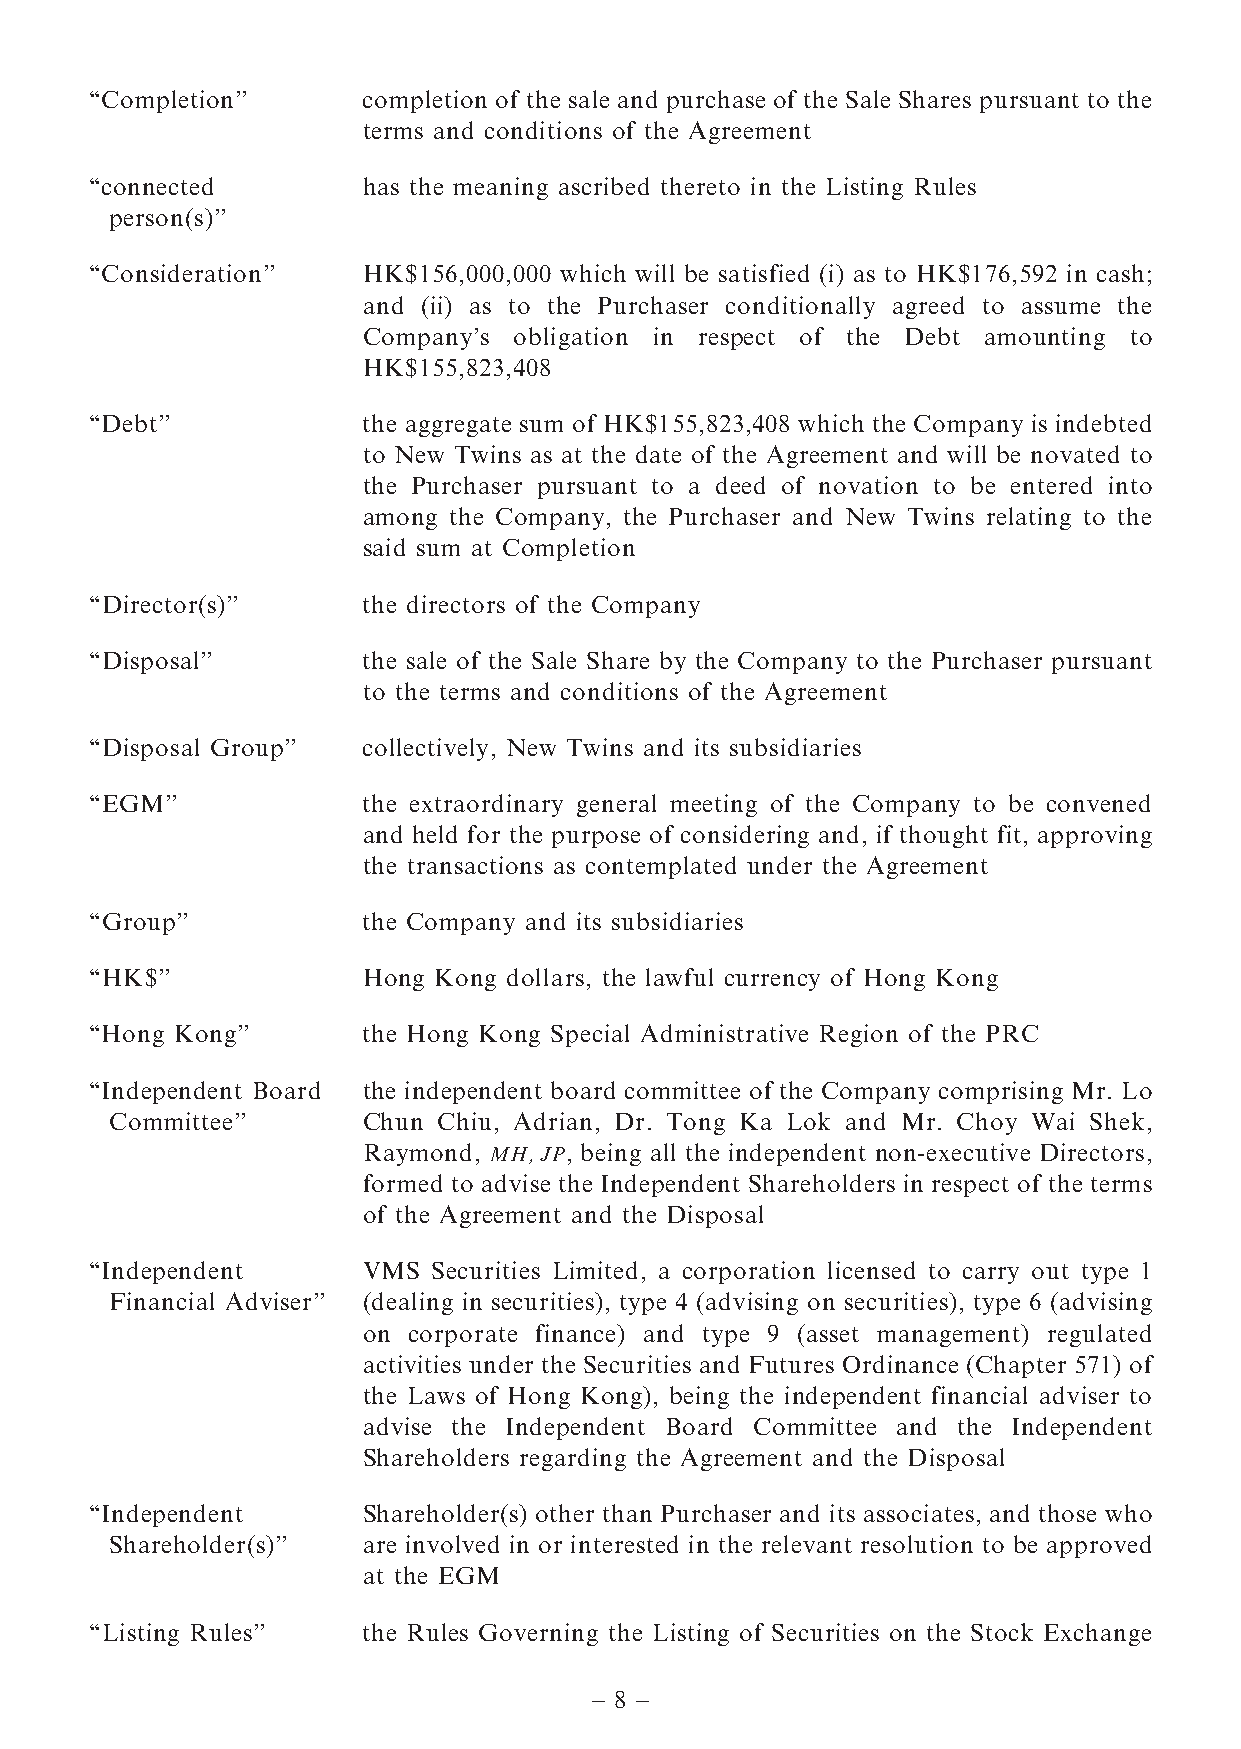
‘‘Completion’’    completion of the sale and purchase of the Sale Shares pursuant to the
 terms and conditions of the Agreement
 ‘‘connected       has the meaning ascribed thereto in the Listing Rules
 person(s)’’
 ‘‘Consideration’’ HK$156,000,000 which will be satisfied (i) as to HK$176,592 in cash;
 and (ii) as to the Purchaser conditionally agreed to assume the
 Company’s obligation in respect of the Debt amounting to
 HK$155,823,408
 ‘‘Debt’’          the aggregate sum of HK$155,823,408 which the Company is indebted
 to New Twins as at the date of the Agreement and will be novated to
 the Purchaser pursuant to a deed of novation to be entered into
 among the Company, the Purchaser and New Twins relating to the
 said sum at Completion
 ‘‘Director(s)’’   the directors of the Company
 ‘‘Disposal’’      the sale of the Sale Share by the Company to the Purchaser pursuant
 to the terms and conditions of the Agreement
 ‘‘Disposal Group’’ collectively, New Twins and its subsidiaries
 ‘‘EGM’’           the extraordinary general meeting of the Company to be convened
 and held for the purpose of considering and, if thought fit, approving
 the transactions as contemplated under the Agreement
 ‘‘Group’’         the Company and its subsidiaries
 ‘‘HK$’’           Hong Kong dollars, the lawful currency of Hong Kong
 ‘‘Hong Kong’’     the Hong Kong Special Administrative Region of the PRC
 ‘‘Independent Board the independent board committee of the Company comprising Mr. Lo
 Committee’’      Chun Chiu, Adrian, Dr. Tong Ka Lok and Mr. Choy Wai Shek,
 Raymond, MH, JP, being all the independent non-executive Directors,
 formed to advise the Independent Shareholders in respect of the terms
 of the Agreement and the Disposal
 ‘‘Independent     VMS  Securities Limited, a corporation licensed to carry out type 1
 Financial Adviser’’ (dealing in securities), type 4 (advising on securities), type 6 (advising
 on corporate finance) and type 9 (asset management) regulated
 activities under the Securities and Futures Ordinance (Chapter 571) of
 the Laws of Hong Kong), being the independent financial adviser to
 advise the Independent Board Committee and the Independent
 Shareholders regarding the Agreement and the Disposal
 ‘‘Independent     Shareholder(s) other than Purchaser and its associates, and those who
 Shareholder(s)’’ are involved in or interested in the relevant resolution to be approved
 at the EGM
 ‘‘Listing Rules’’ the Rules Governing the Listing of Securities on the Stock Exchange
 – 8 –